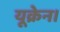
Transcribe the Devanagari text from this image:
यूक्रेन।